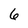
Character: 6